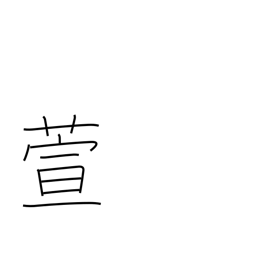
Meaning: miscanthus reed